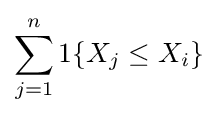
\sum _{j=1}^{n}1\{X_{j}\leq X_{i}\}